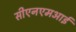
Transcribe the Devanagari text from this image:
सीएनएमआई